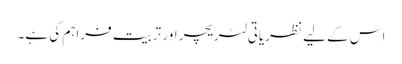
اس کے لیے نظریاتی لٹریچر اور تربیت فراہم کی ہے۔